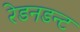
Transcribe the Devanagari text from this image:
रेडनडन्ट